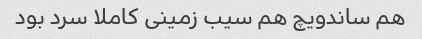
هم ساندویچ هم سیب زمینی کاملا سرد بود